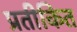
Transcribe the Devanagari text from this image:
प्रतीकित